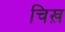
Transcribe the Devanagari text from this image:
चिख़